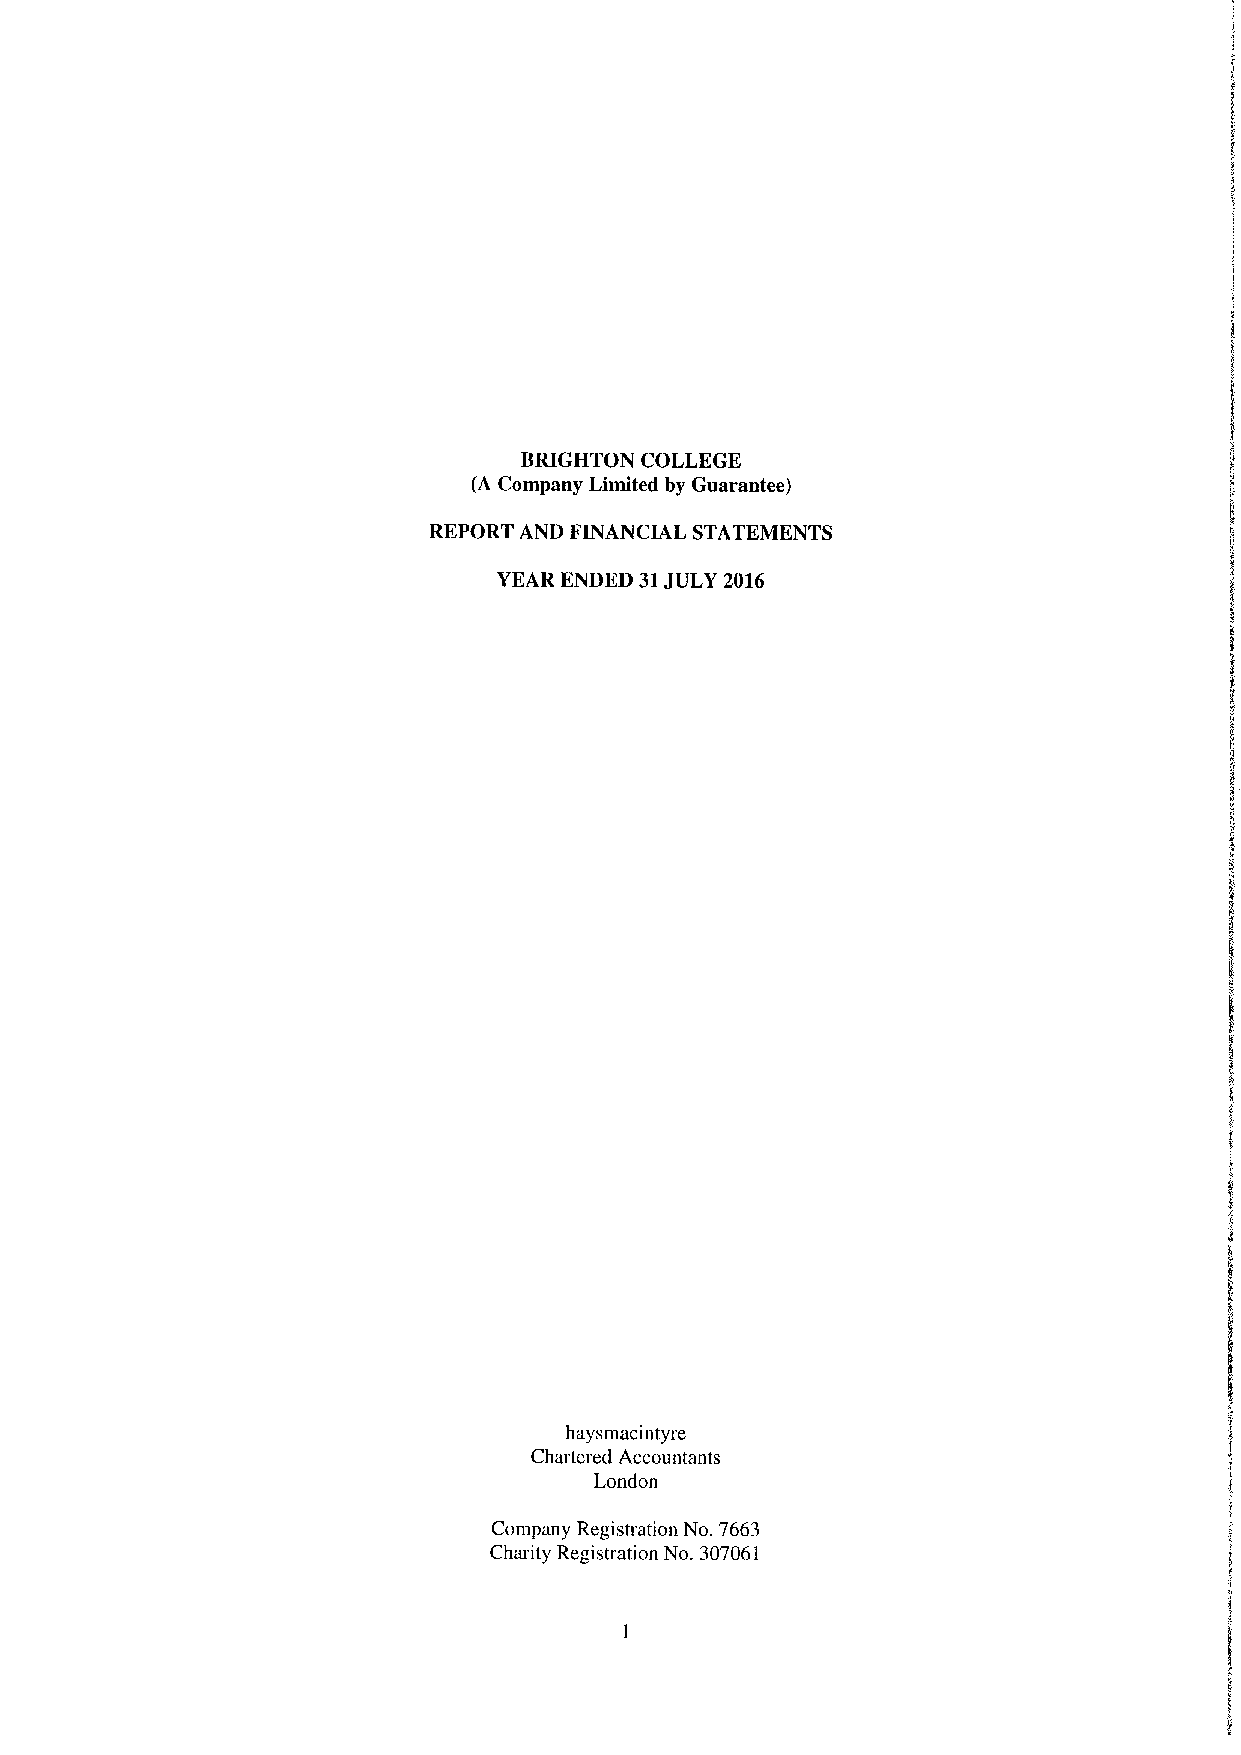
BRIGHTON COLLEGE
 (A Company Limited by Guarantee)
 REPORT AND FINANCIAL STATEMENTS
 YEAR ENDED 31JULY 2016
 haysmacintyre
 Chartered Accountants
 London
 Company Registration No. 7663
 Charity Registration No. 307061